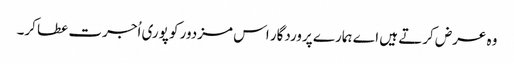
وہ عرض کرتے ہیں اے ہمارے پروردگار اس مزدور کو پوری اُجرت عطا کر۔